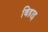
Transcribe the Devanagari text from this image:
बिहाइ